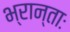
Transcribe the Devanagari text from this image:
भ्रान्ताः